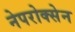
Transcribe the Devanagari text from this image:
नेपरोक्सेन